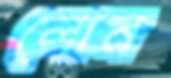
লোন